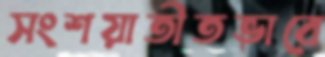
সংশয়াতীতভাবে